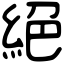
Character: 絕